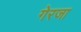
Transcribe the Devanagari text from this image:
गेरजा